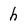
Character: h